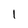
Character: 1